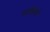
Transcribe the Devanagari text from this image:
पाछिले